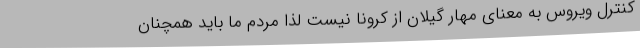
کنترل ویروس به معنای مهار گیلان از کرونا نیست لذا مردم ما باید همچنان